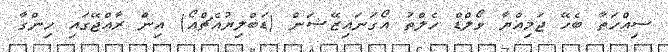
ސިއްހަތާ ބެހޭ ޖަމިއްޔާ ވޯލްޑް ހެލްތު އޯގަނައިޒޭޝަން (ޑަބްލިޔުއެޗްއޯ) އިން ރާއްޖޭގައި ހިންގާ